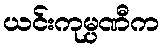
ယင်းကုမ္ပဏီက